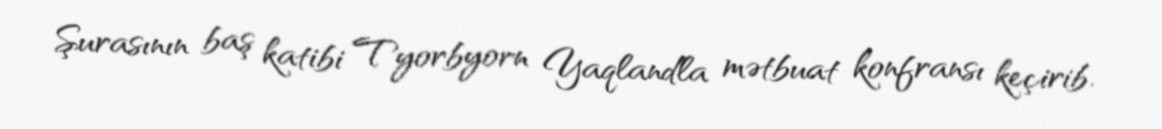
Şurasının baş katibi Tyorbyorn Yaqlandla mətbuat konfransı keçirib.